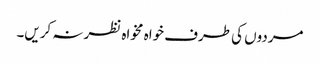
مردوں کی طرف خواہ مخواہ نظر نہ کریں۔